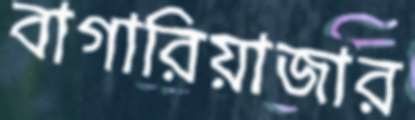
বাগারিয়াজার